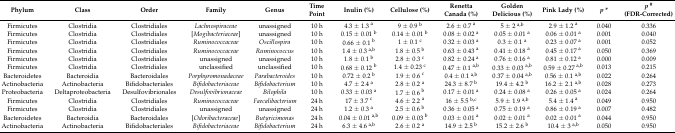
<table><thead><tr><td><b>Phylum</b></td><td><b>Class</b></td><td><b>Order</b></td><td><b>Family</b></td><td><b>Genus</b></td><td><b>Time Point</b></td><td><b>Inulin (%)</b></td><td><b>Cellulose (%)</b></td><td><b>Renetta Canada (%)</b></td><td><b>Golden Delicious (%)</b></td><td><b>Pink Lady (%)</b></td><td><b><i>p</i> *</b></td><td><b><i>p</i><sup>#</sup> (FDR-Corrected)</b></td></tr></thead><tbody><tr><td>Firmicutes</td><td>Clostridia</td><td>Clostridiales</td><td><i>Lachnospiraceae</i></td><td>unassigned</td><td>10 h</td><td>4.3 ± 1.3 <sup>a</sup></td><td>9 ± 0.9 <sup>b</sup></td><td>2.6 ± 0.7 <sup>a</sup></td><td>5 ± 2 <sup>a,b</sup></td><td>2.9 ± 1.2 <sup>a</sup></td><td>0.040</td><td>0.336</td></tr><tr><td>Firmicutes</td><td>Clostridia</td><td>Clostridiales</td><td>[<i>Mogibacteriaceae</i>]</td><td>unassigned</td><td>10 h</td><td>0.15 ± 0.01 <sup>b</sup></td><td>0.14 ± 0.01 <sup>b</sup></td><td>0.08 ± 0.02 <sup>a</sup></td><td>0.05 ± 0.01 <sup>a</sup></td><td>0.06 ± 0.01 <sup>a</sup></td><td>0.001</td><td>0.040</td></tr><tr><td>Firmicutes</td><td>Clostridia</td><td>Clostridiales</td><td><i>Ruminococcaceae</i></td><td><i>Oscillospira</i></td><td>10 h</td><td>0.66 ± 0.1 <sup>b</sup></td><td>1 ± 0.1 <sup>c</sup></td><td>0.32 ± 0.03 <sup>a</sup></td><td>0.3 ± 0.1 <sup>a</sup></td><td>0.23 ± 0.07 <sup>a</sup></td><td>0.001</td><td>0.052</td></tr><tr><td>Firmicutes</td><td>Clostridia</td><td>Clostridiales</td><td><i>Ruminococcaceae</i></td><td><i>Ruminococcus</i></td><td>10 h</td><td>1.4 ± 0.3 <sup>a,b</sup></td><td>1.8 ± 0.5 <sup>b</sup></td><td>0.63 ± 0.43 <sup>a</sup></td><td>0.41 ± 0.18 <sup>a</sup></td><td>0.45 ± 0.17 <sup>a</sup></td><td>0.050</td><td>0.369</td></tr><tr><td>Firmicutes</td><td>Clostridia</td><td>Clostridiales</td><td>unassigned</td><td>unassigned</td><td>10 h</td><td>1.8 ± 0.1 <sup>b</sup></td><td>2.8 ± 0.3 <sup>c</sup></td><td>0.82 ± 0.24 <sup>a</sup></td><td>0.76 ± 0.16 <sup>a</sup></td><td>0.81 ± 0.12 <sup>a</sup></td><td>0.000</td><td>0.009</td></tr><tr><td>Firmicutes</td><td>Clostridia</td><td>Clostridiales</td><td>unclassified</td><td>unclassified</td><td>10 h</td><td>0.68 ± 0.12 <sup>b</sup></td><td>1.4 ± 0.23 <sup>c</sup></td><td>0.47 ± 0.1 <sup>a,b</sup></td><td>0.33 ± 0.03 <sup>a,b</sup></td><td>0.59 ± 0.27 <sup>a,b</sup></td><td>0.013</td><td>0.215</td></tr><tr><td>Bacteroidetes</td><td>Bacteroidia</td><td>Bacteroidales</td><td><i>Porphyromonadaceae</i></td><td><i>Parabacteroides</i></td><td>10 h</td><td>0.72 ± 0.2 <sup>b</sup></td><td>1.9 ± 0.6 <sup>c</sup></td><td>0.4 ± 0.1 <sup>a,b</sup></td><td>0.37 ± 0.04 <sup>a,b</sup></td><td>0.56 ± 0.1 <sup>a,b</sup></td><td>0.022</td><td>0.264</td></tr><tr><td>Actinobacteria</td><td>Actinobacteria</td><td>Bifidobacteriales</td><td><i>Bifidobacteriaceae</i></td><td><i>Bifidobacterium</i></td><td>10 h</td><td>4.7 ± 2.4 <sup>a</sup></td><td>2.8 ± 0.2 <sup>a</sup></td><td>24.3 ± 8.7 <sup>b</sup></td><td>19.4 ± 4.2 <sup>b</sup></td><td>16.2 ± 2.1 <sup>a,b</sup></td><td>0.028</td><td>0.273</td></tr><tr><td>Proteobacteria</td><td>Deltaproteobacteria</td><td>Desulfovibrionales</td><td><i>Desulfovibrionaceae</i></td><td><i>Bilophila</i></td><td>10 h</td><td>0.33 ± 0.03 <sup>a</sup></td><td>1.7 ± 0.6 <sup>b</sup></td><td>0.17 ± 0.01 <sup>a</sup></td><td>0.24 ± 0.08 <sup>a</sup></td><td>0.26 ± 0.05 <sup>a</sup></td><td>0.024</td><td>0.264</td></tr><tr><td>Firmicutes</td><td>Clostridia</td><td>Clostridiales</td><td><i>Ruminococcaceae</i></td><td><i>Faecalibacterium</i></td><td>24 h</td><td>17 ± 3.7 <sup>c</sup></td><td>4.6 ± 2.2 <sup>a</sup></td><td>16 ± 5.5 <sup>b,c</sup></td><td>5.9 ± 1.9 <sup>a,b</sup></td><td>5.4 ± 1.4 <sup>a</sup></td><td>0.049</td><td>0.950</td></tr><tr><td>Firmicutes</td><td>Clostridia</td><td>Clostridiales</td><td>unassigned</td><td>unassigned</td><td>24 h</td><td>1.2 ± 0.3 <sup>a</sup></td><td>2.5 ± 0.6 <sup>b</sup></td><td>0.36 ± 0.05 <sup>a</sup></td><td>0.75 ± 0.19 <sup>a</sup></td><td>0.86 ± 0.19 <sup>a</sup></td><td>0.007</td><td>0.482</td></tr><tr><td>Bacteroidetes</td><td>Bacteroidia</td><td>Bacteroidales</td><td>[<i>Odoribacteraceae</i>]</td><td><i>Butyricimonas</i></td><td>24 h</td><td>0.04 ± 0.01 <sup>a,b</sup></td><td>0.09 ± 0.03 <sup>b</sup></td><td>0.03 ± 0.01 <sup>a</sup></td><td>0.02 ± 0.01 <sup>a</sup></td><td>0.02 ± 0.01 <sup>a</sup></td><td>0.044</td><td>0.950</td></tr><tr><td>Actinobacteria</td><td>Actinobacteria</td><td>Bifidobacteriales</td><td><i>Bifidobacteriaceae</i></td><td><i>Bifidobacterium</i></td><td>24 h</td><td>6.3 ± 4.6 <sup>a,b</sup></td><td>2.6 ± 0.2 <sup>a</sup></td><td>14.9 ± 2.5 <sup>b</sup></td><td>15.2 ± 2.6 <sup>b</sup></td><td>10.4 ± 3 <sup>a,b</sup></td><td>0.050</td><td>0.950</td></tr></tbody></table>